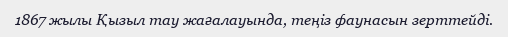
1867 жылы Қызыл тау жағалауында, теңіз фаунасын зерттейді.